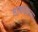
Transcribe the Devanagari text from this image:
साबणाच्या